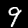
Digit: 9